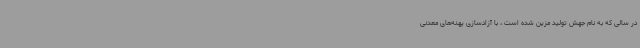
در سالی که به نام جهش تولید مزین شده است ، با آزادسازی پهنه‌های معدنی